Oriental or Dehli sore - Number 13
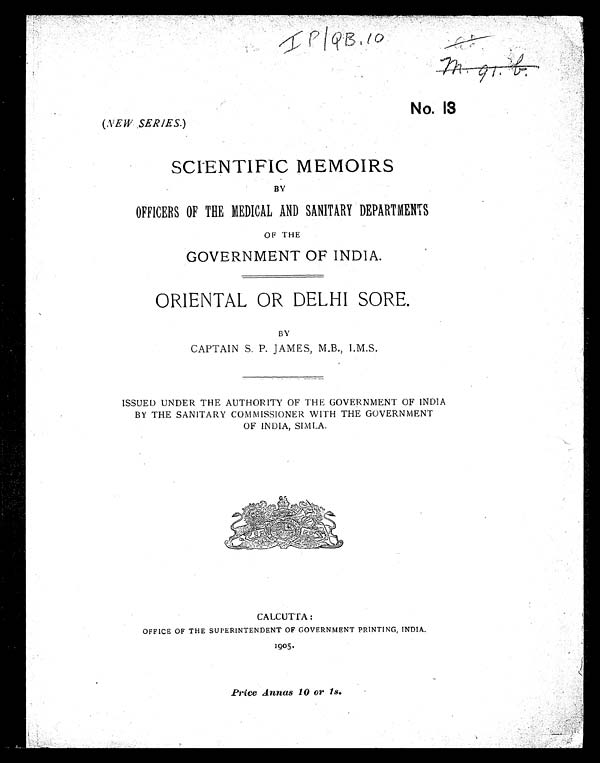
IP/QB.10
No. 13
( NEW SERIES. )
SCIENTIFIC MEMOIRS
BY
OFFICERS OF THE MEDICAL AND SANITARY DEPARTMENTS
OF THE
GOVERNMENT OF INDIA.
ORIENTAL OR DELHI SORE.
BY
CAPTAIN S. P. JAMES, M.B., I.M.S.
ISSUED UNDER THE AUTHORITY OF THE GOVERNMENT OF INDIA
BY THE SANITARY COMMISSIONER WITH THE GOVERNMENT
OF INDIA, SIMLA.
CALCUTTA:
OFFICE OF THE SUPERINTENDENT OF GOVERNMENT PRINTING, INDIA.
1905.
Price Annas 10 or 1s.